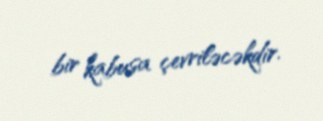
bir kabusa çevriləcəkdir.